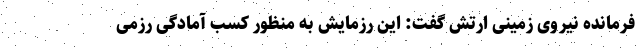
فرمانده نیروی زمینی ارتش گفت: این رزمایش به منظور کسب آمادگی رزمی